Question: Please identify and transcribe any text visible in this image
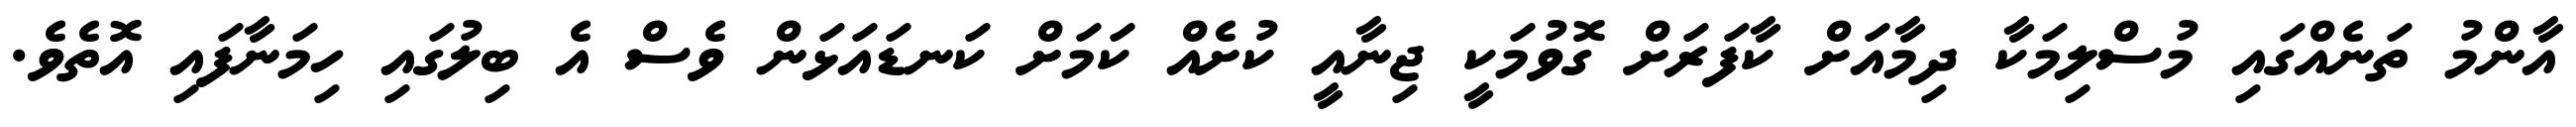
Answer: އާންމު ތަނެއްގައި މުސްލިމަކާ ދިމާއަށް ކާފަރަށް ގޮވުމަކީ ޖިނާއީ ކުށެއް ކަމަށް ކަނޑައަޅަން ވެސް އެ ބިލުގައި ހިމަނާފައި އޮތެވެ.